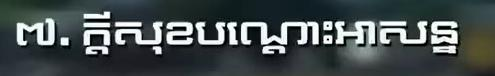
៧. ក្ដីសុខបណ្ដោះអាសន្ន